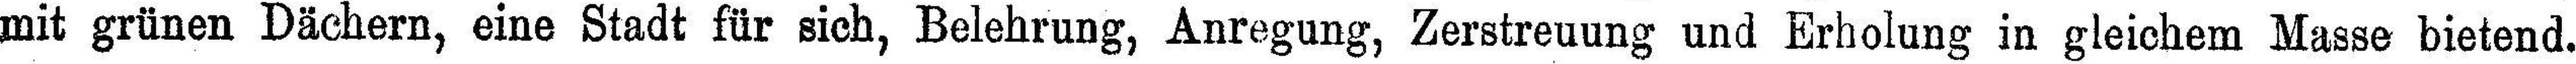
mit grünen Dächern, eine Stadt für sich, Belehrung, Anregung, Zerstreuung und Erholung in gleichem Masse bietend.